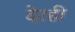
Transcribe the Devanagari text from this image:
देरही